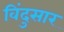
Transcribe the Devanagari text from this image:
विंदुसार